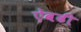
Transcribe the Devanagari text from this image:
ऐवढी